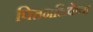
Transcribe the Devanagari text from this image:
पित्तनलिकेचा